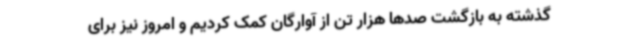
گذشته به بازگشت صدها هزار تن از آوارگان کمک کردیم و امروز نیز برای